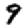
Digit: 9